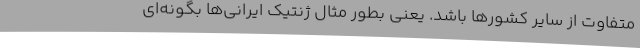
متفاوت از سایر کشورها باشد. یعنی بطور مثال ژنتیک ایرانی‌ها بگونه‌ای